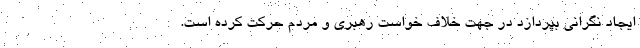
ایجاد نگرانی بپردازد در جهت خلاف خواست رهبری و مردم حرکت کرده است.